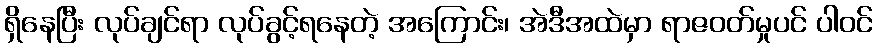
ရှိနေပြီး လုပ်ချင်ရာ လုပ်ခွင့်ရနေတဲ့ အကြောင်း၊ အဲဒီအထဲမှာ ရာဇဝတ်မှုပင် ပါဝင်